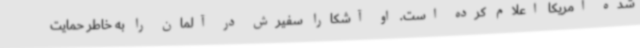
شده آمریکا اعلام کرده است. او آشکارا سفیرش در آلمان را به خاطر حمایت